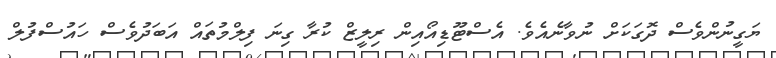
ޔަގީނުންވެސް ދޮގަކަށް ނުވާނެއެވެ. އެސްޓޫޑިއޯއިން ރިލީޒް ކުރާ ގިނަ ފިލްމުތައް އަބަދުވެސް ހައުސްފުލް